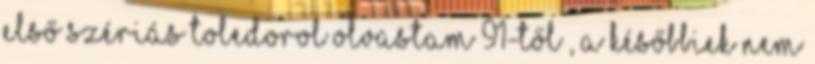
első szériás Toledorol olvastam 91-től , a későbbiek nem